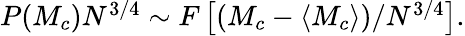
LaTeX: \begin{array}{r}{P(M_{c})N^{3/4}\sim F\left[\left(M_{c}-\left\langle M_{c}\right\rangle\right)/N^{3/4}\right].}\end{array}